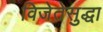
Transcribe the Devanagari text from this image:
विजेतेसुद्धा